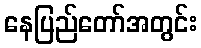
နေပြည်တော်အတွင်း